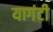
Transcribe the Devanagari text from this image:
यागंटी